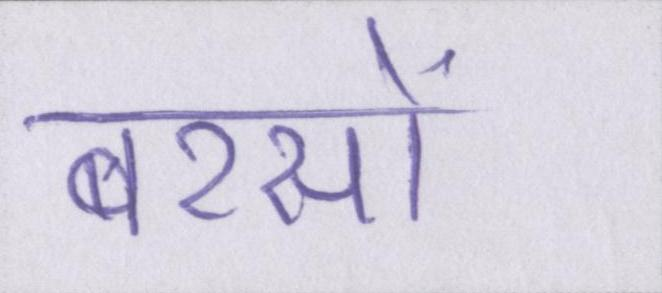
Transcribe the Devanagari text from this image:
बरसों